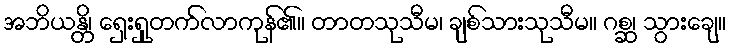
အဘိယန္တိ၊ ရှေးရှုတက်လာကုန်၏။ တာတသုသီမ၊ ချစ်သားသုသီမ။ ဂစ္ဆ၊ သွားချေ။